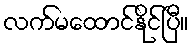
လက်မထောင်နိုင်ပြီ။